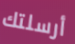
أرسلتك